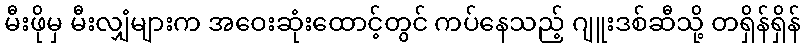
မီးဖိုမှ မီးလျှံများက အဝေးဆုံးထောင့်တွင် ကပ်နေသည့် ဂျူးဒစ်ဆီသို့ တရှိန်ရှိန်